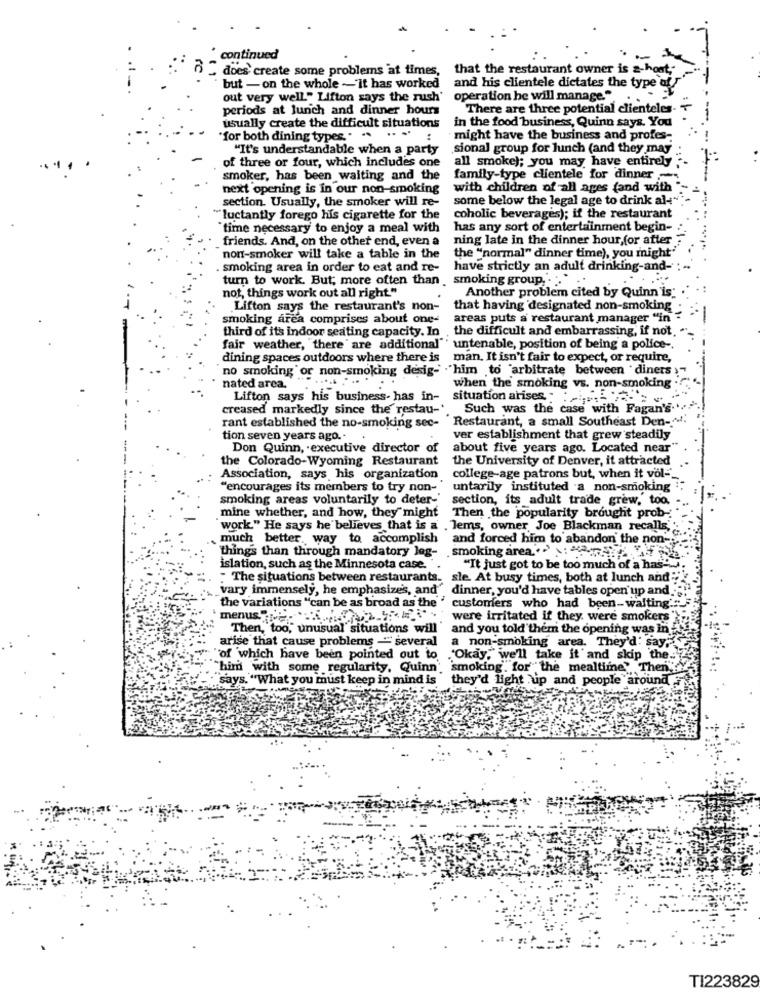
continued
~ ~ does' create some problems at times,
that the restaurant owner is z-host;
but - on the whole ~'it has worked
and his clientele dictates the type of
out very well." Lifton says the rush' operation he will manage."
periods at lunch and dinner hours
There are three potential clienteles- +
in the food business, Quinn says. You
usually create the difficult situations
...
"for both dining types. . ..
might have the business and profes-
"It's understandable when a party
sional group for lunch (and they may
of three or four, which includes one
all smoke); you may have entirely
smoker, has been waiting and the
family-type clientele for dinner -
next opening is in our non-smoking
with children of all ages fand with
section. Usually, the smoker will re-
some below the legal age to drink al+"
"luctantly forego his cigarette for the
coholic beverages); if the restaurant
"time necessary to enjoy a meal with
has any sort of entertainment begin-
friends. And, on the other end, even a
ning late in the dinner hour,for after
non-smoker will take a table in the
the "normal" dinner time), you might'
smoking area in order to eat and re-
have strictly an adult drinking-and-
turn to work. But; more often than .smoking group ....
Another problem cited by Quinn is:
not, things work out all right."
Lifton says the restaurant's non-
that having designated non-smoking
smoking area comprises about one-
areas puts a restaurant manager "in
third of its indoor seating capacity. In , the difficult and embarrassing, if not
fair weather, "there are additional"' untenable, position of being a police -.
dining spaces outdoors where there is man. It isn't fair to expect, or require,
no smoking or non-smoking desig- "him to arbitrate between diners
nated area.
when the smoking vs. non-smoking
Lifton says his business- has in- situation arises : '
creased markedly since the restau-'.
Such was the case with Fagan's ..
rant established the no-smoking sec- Restaurant, a small Southeast Den-+
tion seven years ago ..
ver establishment that grew steadily
Don Quinn, . executive director of
about five years ago. Located near"
the Colorado-Wyoming Restaurant
the University of Denver, it attracted
Association, says his organization
college-age patrons but, when it vol="
"encourages its members to try non-
untarily instituted a non-smoking
smoking areas voluntarily to deter-'
section, its adult trade grew, too.
mine whether, and how, they might
Then the popularity brought prob-
work." He says he believes that is a ,Jems, owner, Joe Blackman recalls,
much better. way to accomplish and forced him to abandon the non-
. smoking area .. :
things than through mandatory log-
islation, such as the Minnesota case. .
"It just got to be too much of a has"
" The situations between restaurants. sle. At busy times, both at lunch and ";"
vary immensely, he emphasizes, and" dinner, you'd have tables open up and
the variations "can be as broad as the ' customers who had been-waiting.
were irritated if they were smokers
Then, too, unusual situations will
and you told them the opening was in
arise that cause problems " several
a non-smoking area. They'd: say"
"of which have been pointed out to "Okay," we'll take it and skip the ..
"him with some regularity, Quinn' smoking. for the mealtime" Then
says. "What you must keep in mind is
they'd light up and people around
TI223829